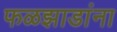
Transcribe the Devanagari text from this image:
फळझाडांना